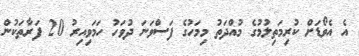
އެ އެވޯޑަށް ކުރިމަތިލުމުގެ މުއްދަތު މިމަހުގެ ފަސްވަނަ ދުވަހު ހަމަވިއިރު 20 ފަރާތަކުން